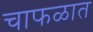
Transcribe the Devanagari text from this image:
चाफळात